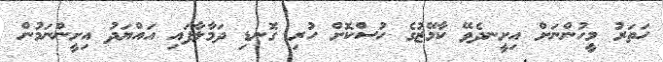
ހަތަރު މީހުންނަށް އިށީނދެވޭ ކާމޭޒުގެ ހުސްކޮށް ހުރި ގޮނޑި ދަމާލާފައި އައްޔަދު އިށީންނަމުން